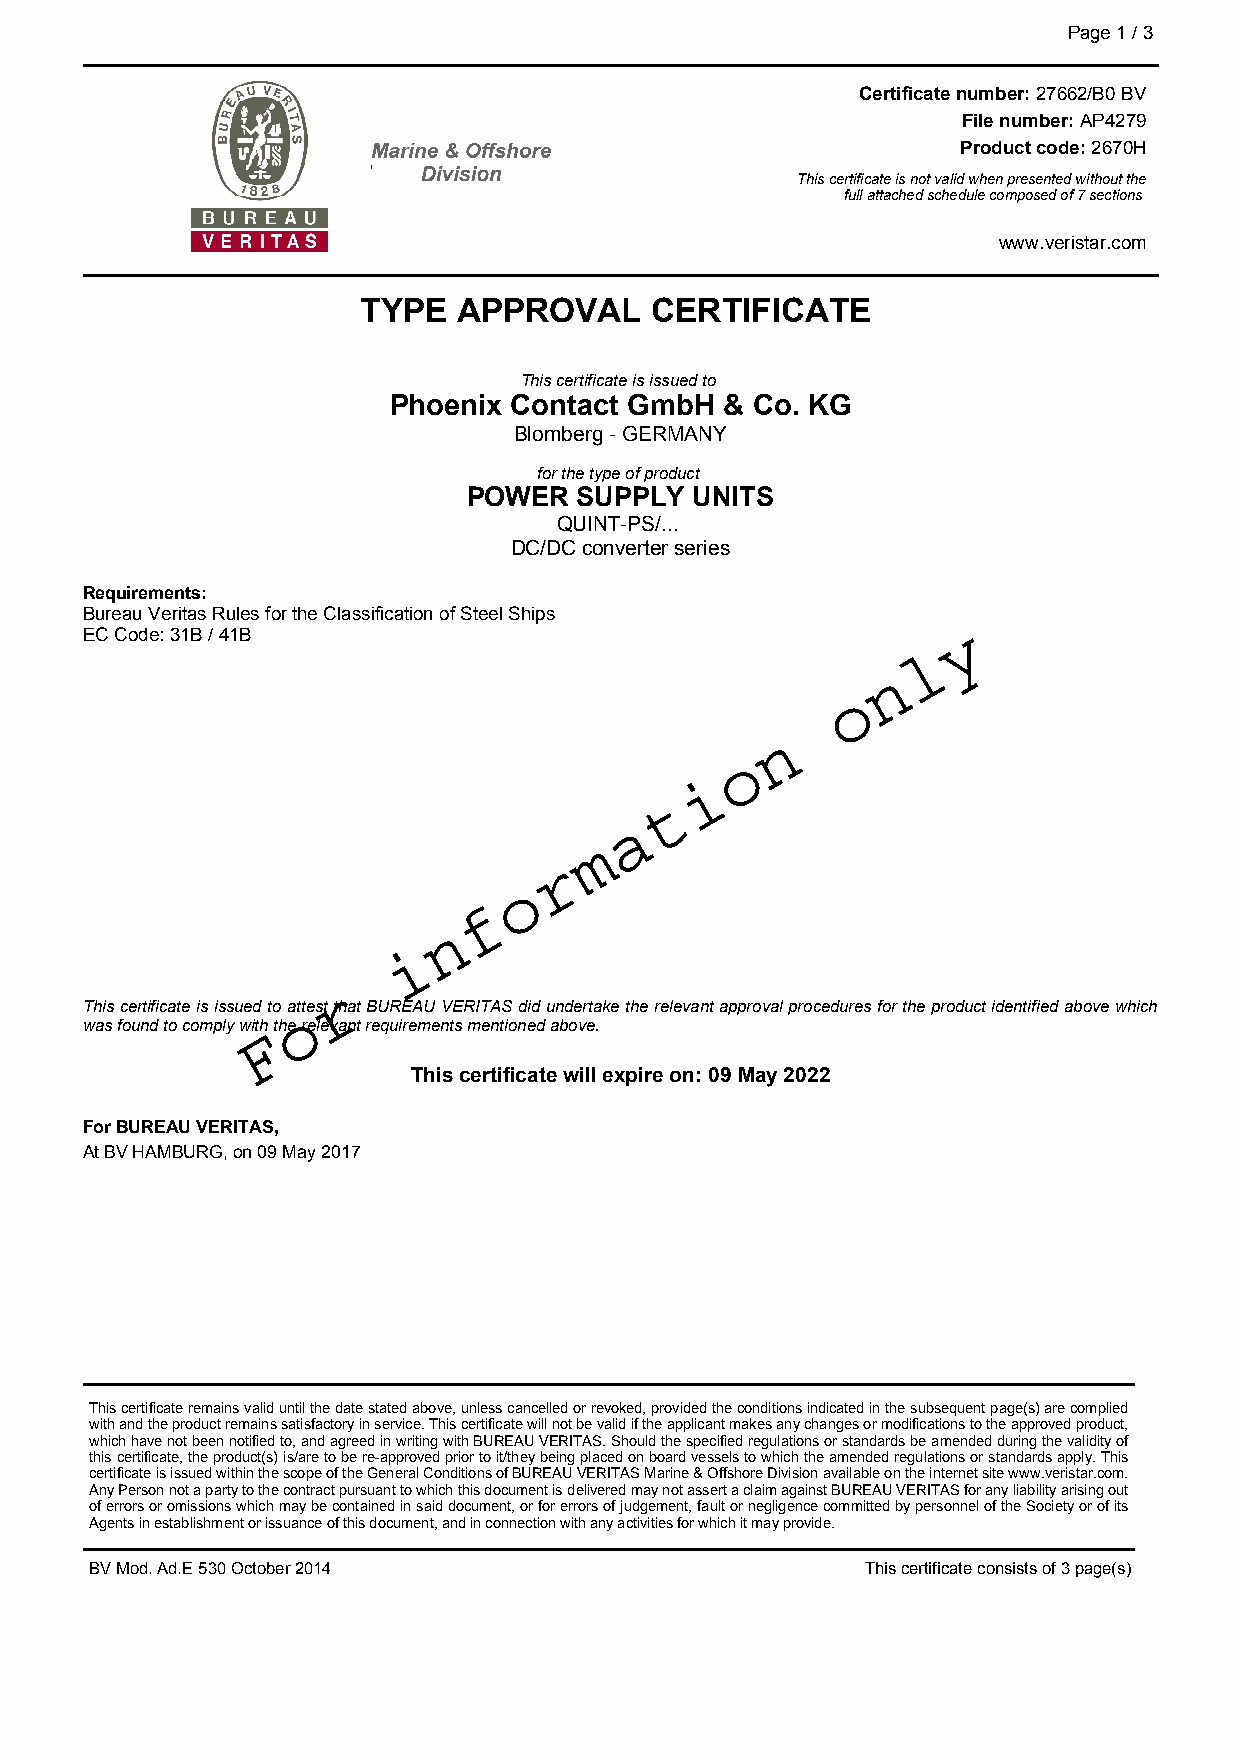
Page1/3
 Certificatenumber:27662/B0BV
 Filenumber:AP4279
 Productcode:2670H
 Thiscertificateisnotvalidwhenpresentedwithoutthe
 fullattachedschedulecomposedof7sections
 www.veristar.com
 TYPE  APPROVAL     CERTIFICATE
 Thiscertificateisissuedto
 Phoenix Contact GmbH  & Co. KG
 Blomberg-GERMANY
 forthetypeofproduct
 POWER  SUPPLY  UNITS
 QUINT-PS/...
 DC/DCconverterseries
 Requirements:
 BureauVeritasRulesfortheClassificationofSteelShips
 ECCode:31B/41B
 ThiscertificateisissuedtoattestthatBUREAUVERITASdidundertaketherelevantapprovalproceduresfortheproductidentifiedabovewhich
 wasfoundtocomplywiththerelevantrequirementsmentionedabove.
 Thiscertificatewillexpireon:09May2022
 ForBUREAUVERITAS,
 AtBVHAMBURG,on09May2017
 Thiscertificateremainsvaliduntilthedatestatedabove,unlesscancelledorrevoked,providedtheconditionsindicatedinthesubsequentpage(s)arecomplied
 withandtheproductremainssatisfactoryinservice.Thiscertificatewillnotbevalidiftheapplicantmakesanychangesormodificationstotheapprovedproduct,
 whichhavenotbeennotifiedto,andagreedinwritingwithBUREAUVERITAS.Shouldthespecifiedregulationsorstandardsbeamendedduringthevalidityof
 thiscertificate,theproduct(s)is/aretobere-approvedpriortoit/theybeingplacedonboardvesselstowhichtheamendedregulationsorstandardsapply.This
 certificateisissuedwithinthescopeoftheGeneralConditionsofBUREAUVERITASMarine&OffshoreDivisionavailableontheinternetsitewww.veristar.com.
 AnyPersonnotapartytothecontractpursuanttowhichthisdocumentisdeliveredmaynotassertaclaimagainstBUREAUVERITASforanyliabilityarisingout
 oferrorsoromissionswhichmaybecontainedinsaiddocument,orforerrorsofjudgement,faultornegligencecommittedbypersonneloftheSocietyorofits
 Agentsinestablishmentorissuanceofthisdocument,andinconnectionwithanyactivitiesforwhichitmayprovide.
 BVMod.Ad.E530October2014                           Thiscertificateconsistsof3page(s)